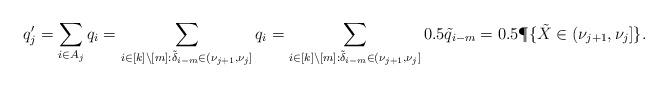
LaTeX: \begin{align*}q'_j &= \sum_{i \in A_j} q_i = \sum_{i \in [k]\setminus [m]: \tilde{\delta}_{i-m} \in (\nu_{j+1}, \nu_{j}]} q_i = \sum_{i \in [k]\setminus [m]: \tilde{\delta}_{i-m} \in (\nu_{j+1}, \nu_{j}]} 0.5 \tilde{q}_{i-m} = 0.5 \P\{ \tilde{X} \in (\nu_{j+1}, \nu_{j} ]\}.\end{align*}